Annual report on the working of the lock hospitals in the Central Provinces
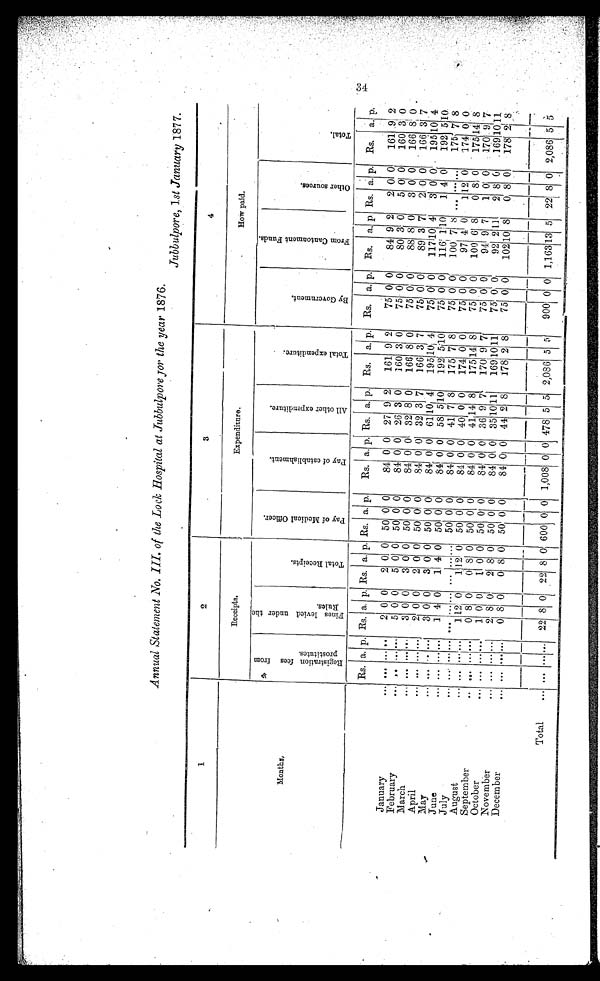
Annual Statement No. III. of the Lock Hospital at Jubbulpore for the year 1876.
Jubbulpore, 1 st January 1877.
1
2
3
4
M o n t h s .
Receipts.
Expenditure.
How paid.
R e g i s t r a t i o n f e e s p r o s t i t u t e s .
F i n e s l e v i e d u n d e r t h e R u l e s .
T o t a l R e c e i p t s .
P a y o f M e d i c a l O f f i c e r .
P a y o f e s t a b l i s h m e n t .
A l l o t h e r e x p e n d i t u r e .
T o t a l e x p e n d i t u r e .
B y G o v e r n m e n t .
F r o m C a n t o n m e n t F u n d s .
O t h e r s o u r c e s .
T o t a l .
Rs. a. p. Rs. a. p. Rs. a. p. Rs. a. p. Rs. a. p. Rs. a. p. Rs. a. p. Rs. a. p. Rs. a. p. Rs. a. p. Rs. a. p.
January
. . . . . . . . . ..
2
0
0 2 0 0 50 0 0
84 0 0 27 9 2
161 9 2
7 5 0
0
8 4 9 2
2 0 0
161 9 2
February
. . . .. . . . . . . 5 0 0
5 0 0 50 0 0
84 0 0 26 3 0
160 3 0
75 0 0
80 3 0
5 0 0
160 3 0
March
... ...
. . .
...
3 0 0 3 0 0 50 0 0
84 0 0 32 8 0
166 8 0
7 5 0 0
8 8 8 0
3 0 0
166 8 0
April
. . . . . . . . . . . . 2 0 0 2 0 0 50 0 0
84 0 0 32 3 7
166 3 7
75 0 0
89 3 7
2 0 0
166 3 7
May
... ...
. . ...
3 0 0 3 0 0 50 0 0
8 4 0 0
6 1 1 0 4
195 10 4
7 5 0 0 117 10 4
3 0 0
195 10 4
June
. . . . . . . . . . . . 1 4 0
1 4 0 50 0 0
84 0 0 58 5 10
192 5 10
75 0 0
116 1 1 0 1 4 0
192 5 10
July
... ...
. . .
...
...
. . . . . .
. . . ... . . . 50 0 0
8 4 0 0 41 7 8
175 7 8
75 0 0
100 7 8
...
. . . ...
175 7 8
August
...
. . . . . .
...
1
12
0
1 12 0 50 0 0
8 4 0 0 40 0 0
174 0 0
75 0 0
97 4 0
1 12 0
174 0 0
September
..
. . . . . . . . . 0 8 0
0 8 0
5 0 0 0
8 4 0 0 41 14 8
175 14 8
7 5 0 0 100 6 8
0 8 0 175 14 8
October
... ...
. . . . . . 1 0 0
1 0 0 50 0 0
84 0 0 36 9 7
170 9 7
75 0 0
94 9 7
1 0 0
170 9 7
November
... ...
. . .
...
2 8 0 2 8 0 50 0 0
84 0 0 35 10 11
169 10 11
75 0 0
92 2 11 2 8 0
169 10 11
December
... ... ... . . .
0 8 0
0
8 0
5 0 0
0
84 0 0
4 4 2 8 178 2 8
7 5 0 0 102 10 8
0 8 0 178 2 8
Total
..
. . . ... . . . 22 8 0 22 8 0 600 0 0 1,008 0 0 478 5 5 2,086 5 5
900 0 0 1,163
1 3
5 22 8 0 2,086
5
5
34